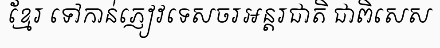
ខ្មែរ ទៅកាន់ភ្ញៀវទេសចរអន្តរជាតិ ជាពិសេស